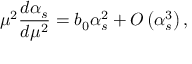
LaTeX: \mu ^ { 2 } { \frac { d \alpha _ { s } } { d \mu ^ { 2 } } } = b _ { 0 } \alpha _ { s } ^ { 2 } + { \cal O } \left( \alpha _ { s } ^ { 3 } \right) ,